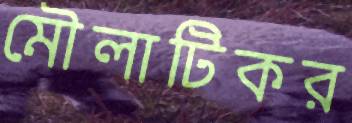
মৌলাটিকর